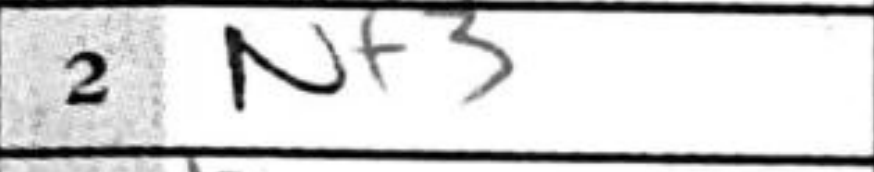
Transcription: Nf3